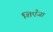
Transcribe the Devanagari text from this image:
शिएँजा